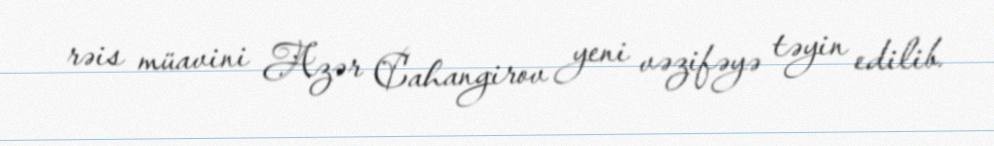
rəis müavini Azər Cahangirov yeni vəzifəyə təyin edilib.